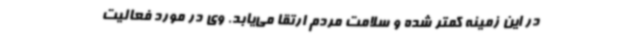
در این زمینه کمتر شده و سلامت مردم ارتقا می‌یابد. وی در مورد فعالیت